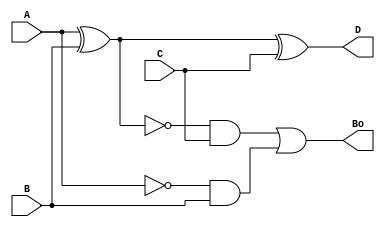
module full_subtractor(input A, input B, input C, output Bo , output D);
	wire t1,t2,t3;
	
	xor(t1,A,B);
	xor(D,t1,C);
	and(t2,~t1,C);
	and(t3,~A,B);
	or(Bo,t2,t3);
	
endmodule

module subtractor_4_bit(input[3:0] X, input[3:0] Y,input Bi, output Bf, output[3:0] Z);
	wire [2:0] b;
	

		full_subtractor f0 (.A(X[0]),.B(Y[0]),.C(Bi),.Bo(b[0]),.D(Z[0]));
		full_subtractor f1 (.A(X[1]),.B(Y[1]),.C(b[0]),.Bo(b[1]),.D(Z[1]));
		full_subtractor f2 (.A(X[2]),.B(Y[2]),.C(b[1]),.Bo(b[2]),.D(Z[2]));
		full_subtractor f3 (.A(X[3]),.B(Y[3]),.C(b[2]),.Bo(Bf),.D(Z[3]));
		
endmodule

module subtractor_16_bit(input [15:0] X, input[15:0] Y, output[16:0] Z);
	reg b0= 0;
	wire[2:0] b;
	subtractor_4_bit s1 (.X(X[3:0]),.Y(Y[3:0]),.Bi(b0),.Bf(b[0]),.Z(Z[3:0]));
	subtractor_4_bit s2 (.X(X[7:4]),.Y(Y[7:4]),.Bi(b[0]),.Bf(b[1]),.Z(Z[7:4]));
	subtractor_4_bit s3 (.X(X[11:8]),.Y(Y[11:8]),.Bi(b[1]),.Bf(b[2]),.Z(Z[11:8]));
	subtractor_4_bit s4 (.X(X[15:12]),.Y(Y[15:12]),.Bi(b[2]),.Bf(Z[16]),.Z(Z[15:12]));
endmodule